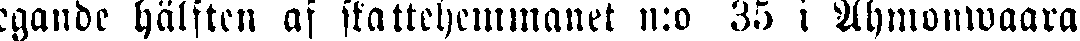
egande hälften af skattehemmanet n:o 35 i Ahmonwaara